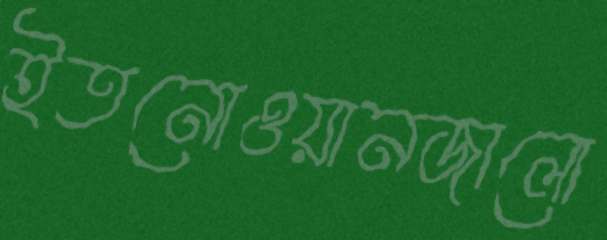
ইতনোওয়ানজালো